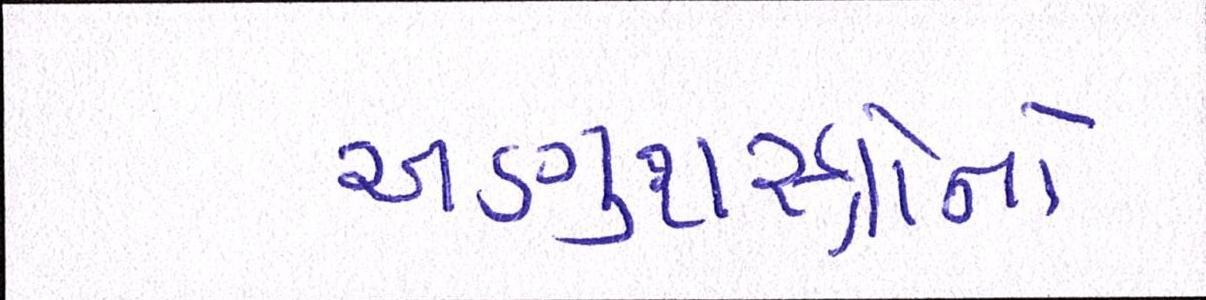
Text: અણુશસ્ત્રોનો